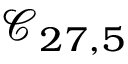
\mathcal { C } _ { 2 7 , 5 }